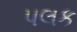
પલક